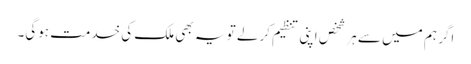
اگر ہم میں سے ہر شخص اپنی تنظیم کرلے تو یہ بھی ملک کی خدمت ہوگی۔